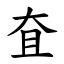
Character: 㚗